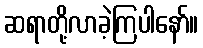
ဆရာတို့လာခဲ့ကြပါနော်။